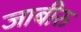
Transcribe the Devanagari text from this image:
जाबीरु